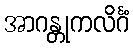
အာဂန္တုကလိင်္ဂံ